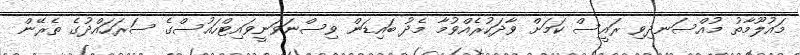
މައުލޫމާތު މުއްސަނދިވި ރައީސް ކަމަށް ވާދަކުރެއްވުމާ މެދު ބައިޑަން ވިސްނަވަނީވައިޓްހައުސްގެ ސަރަހައްދުގެ ތެރޭން